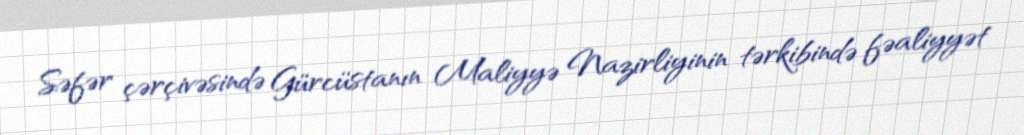
Səfər çərçivəsində Gürcüstanın Maliyyə Nazirliyinin tərkibində fəaliyyət